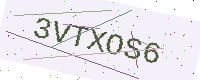
Text: 3VTXOS6